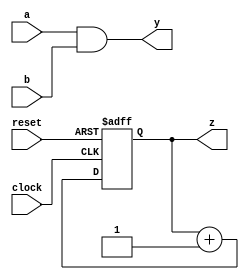
module example_logic (
    input wire a,
    input wire b,
    input wire clock,
    input wire reset,
    output reg y,
    output reg z
);

// Combinational logic using always @*
always @* begin
    // Example combinational logic: y is the AND of a and b
    y = a & b;
end

// Sequential logic using always @(posedge clock)
always @(posedge clock or posedge reset) begin
    if (reset) begin
        // Asynchronous reset
        z <= 1'b0;
    end else begin
        // Example sequential logic: Increment z or do something else
        z <= z + 1'b1; // Increment z on each clock cycle
    end
end

endmodule